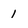
Character: 1